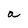
Character: a